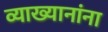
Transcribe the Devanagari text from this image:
व्याख्यानांना